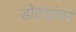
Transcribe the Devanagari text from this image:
डोक्यांवर